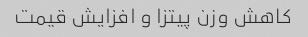
کاهش وزن پیتزا و افزایش قیمت